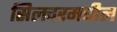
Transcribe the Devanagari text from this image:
सिलचरमधील